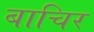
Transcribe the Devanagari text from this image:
बाचिर